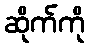
ဆိုက်ကို